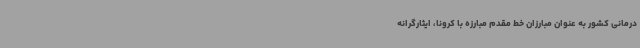
درمانی کشور به عنوان مبارزان خط مقدم مبارزه با کرونا، ایثارگرانه